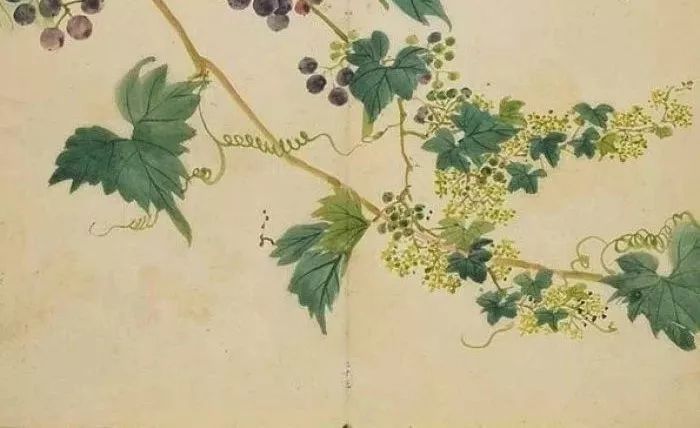
弟妹萧条各何在，干戈衰谢两相催！